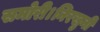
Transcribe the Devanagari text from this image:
समोरी।निरखुनी